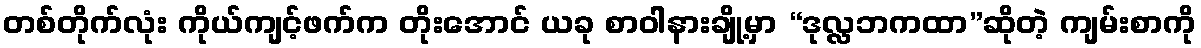
တစ်တိုက်လုံး ကိုယ်ကျင့်ဖက်က တိုးအောင် ယခု စာဝါနားချို့မှာ “ဒုလ္လဘကထာ”ဆိုတဲ့ ကျမ်းစာကို